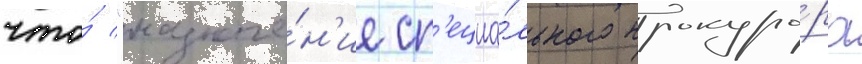
что́ "назначе́н'ие сп'ециа́льного прокуро́ра